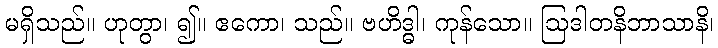
မရှိသည်။ ဟုတွာ၊ ၍။ ဧကော၊ သည်။ ဗဟိဒ္ဓါ၊ ကုန်သော။ ဩဒါတနိဘာသာနိ၊